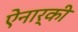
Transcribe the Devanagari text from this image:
ऐनार्की